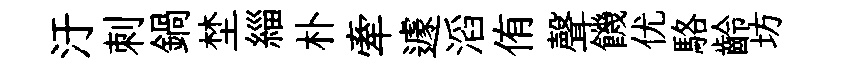
汙刺鍋埜緇朴牽遽滔侑聲饑优駱齡坊